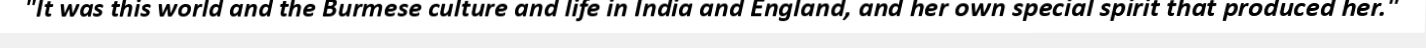
"It was this world and the Burmese culture and life in India and England, and her own special spirit that produced her."